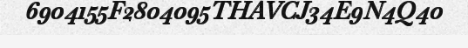
6904155F2804095THAVCJ34E9N4Q40